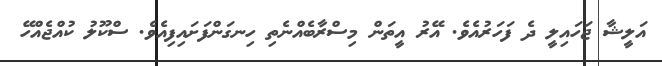
އަލީޝާ ޖަހައިިލީ ދެ ފަހަރުއެވެ. އޭރު އީތަން މިސްރާބެއްނެތި ހިނގަންފަށައިފިއެވެ. ސްކޫލު ކުއްޖެއްހޭ